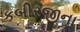
કબીરજીના